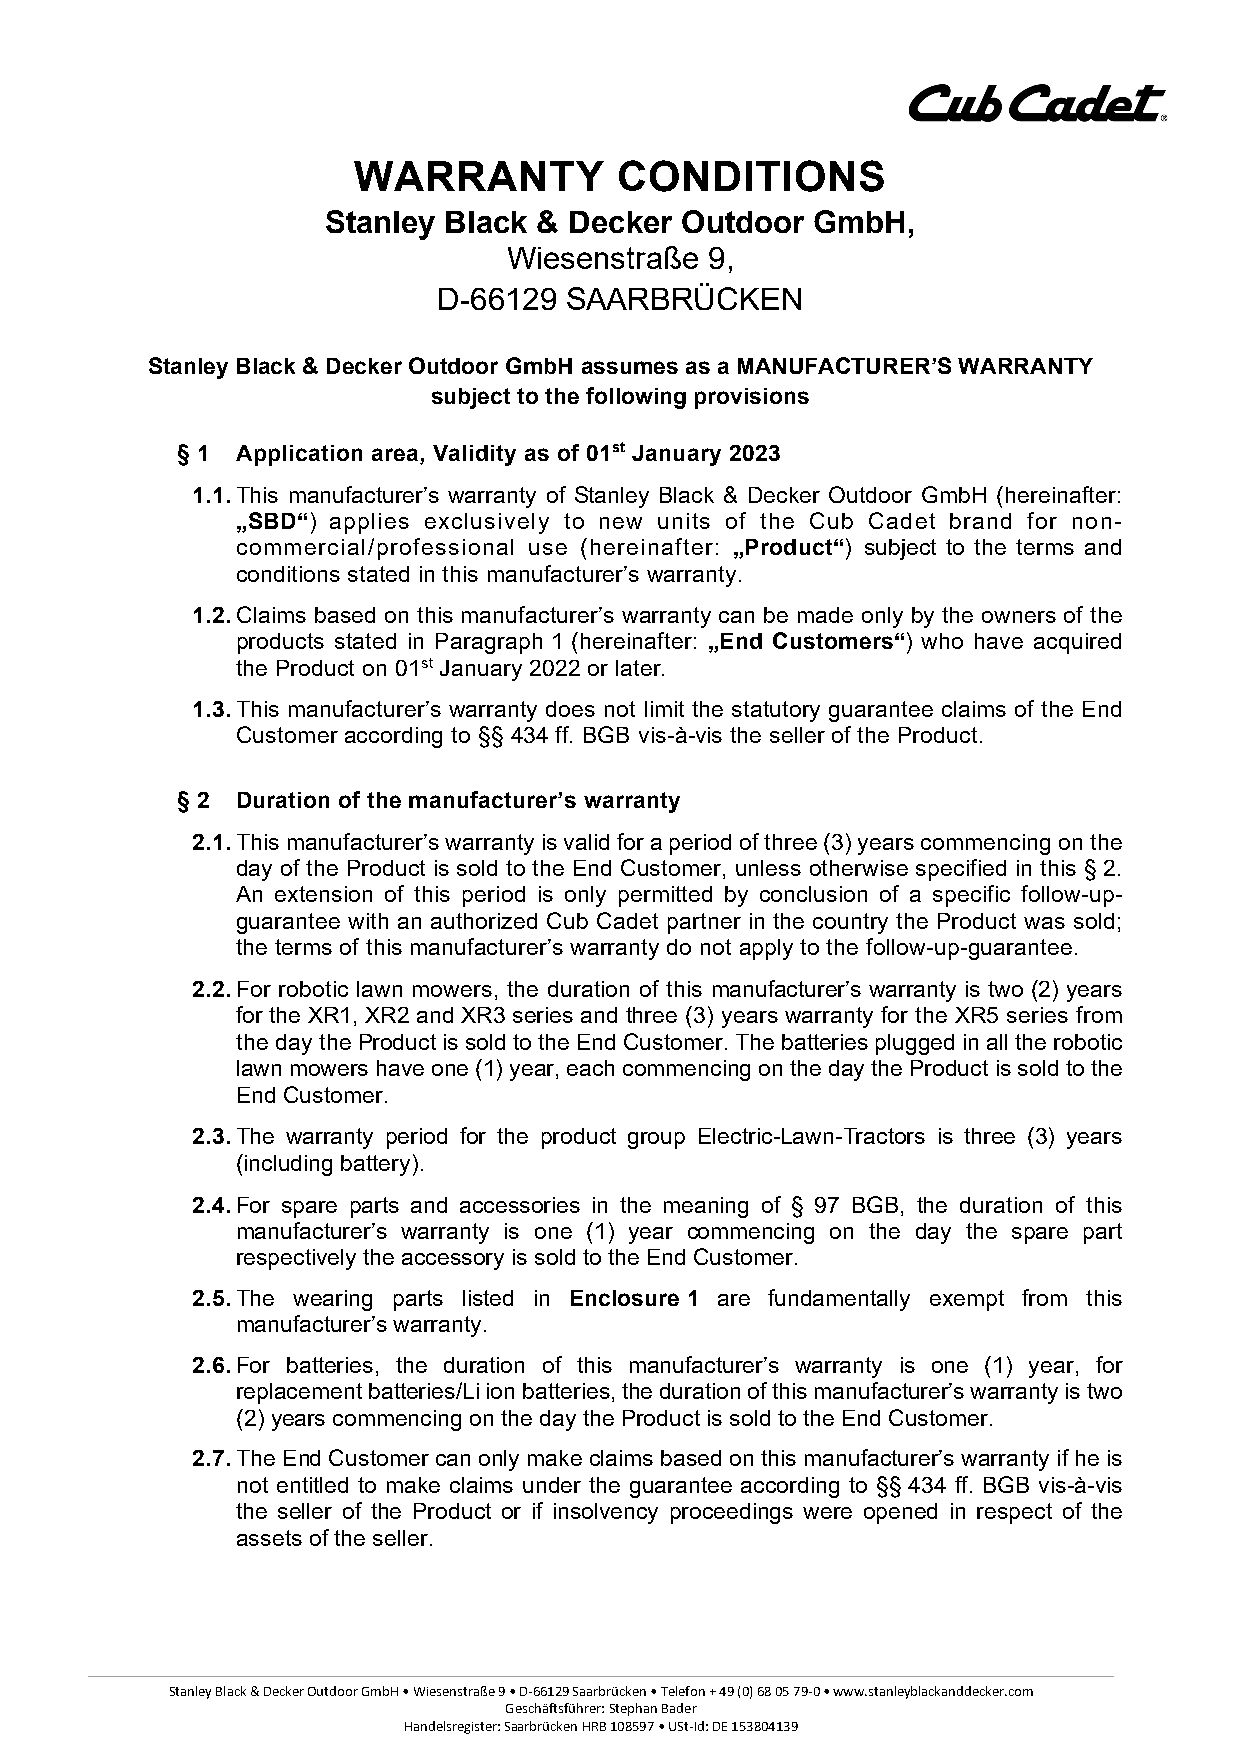
WARRANTY          CONDITIONS
 Stanley Black & Decker Outdoor  GmbH,
 Wiesenstraße 9,
 D-66129 SAARBRÜCKEN
 Stanley Black & Decker Outdoor GmbH assumes as a MANUFACTURER’S WARRANTY
 subject to the following provisions
 § 1 Application area, Validity as of 01st January 2023
 1.1. This manufacturer’s warranty of Stanley Black & Decker Outdoor GmbH (hereinafter:
 „SBD“) applies exclusively to new units of the Cub Cadet brand for non-
 commercial/professional use (hereinafter: „Product“) subject to the terms and
 conditions stated in this manufacturer’s warranty.
 1.2. Claims based on this manufacturer’s warranty can be made only by the owners of the
 products stated in Paragraph 1 (hereinafter: „End Customers“) who have acquired
 the Product on 01st January 2022 or later.
 1.3. This manufacturer’s warranty does not limit the statutory guarantee claims of the End
 Customer according to §§ 434 ff. BGB vis-à-vis the seller of the Product.
 § 2 Duration of the manufacturer’s warranty
 2.1. This manufacturer’s warranty is valid for a period of three (3) years commencing on the
 day of the Product is sold to the End Customer, unless otherwise specified in this § 2.
 An extension of this period is only permitted by conclusion of a specific follow-up-
 guarantee with an authorized Cub Cadet partner in the country the Product was sold;
 the terms of this manufacturer’s warranty do not apply to the follow-up-guarantee.
 2.2. For robotic lawn mowers, the duration of this manufacturer’s warranty is two (2) years
 for the XR1, XR2 and XR3 series and three (3) years warranty for the XR5 series from
 the day the Product is sold to the End Customer. The batteries plugged in all the robotic
 lawn mowers have one (1) year, each commencing on the day the Product is sold to the
 End Customer.
 2.3. The warranty period for the product group Electric-Lawn-Tractors is three (3) years
 (including battery).
 2.4. For spare parts and accessories in the meaning of § 97 BGB, the duration of this
 manufacturer’s warranty is one (1) year commencing on the day the spare part
 respectively the accessory is sold to the End Customer.
 2.5. The wearing parts listed in Enclosure 1 are fundamentally exempt from this
 manufacturer’s warranty.
 2.6. For batteries, the duration of this manufacturer’s warranty is one (1) year, for
 replacement batteries/Li ion batteries, the duration of this manufacturer’s warranty is two
 (2) years commencing on the day the Product is sold to the End Customer.
 2.7. The End Customer can only make claims based on this manufacturer’s warranty if he is
 not entitled to make claims under the guarantee according to §§ 434 ff. BGB vis-à-vis
 the seller of the Product or if insolvency proceedings were opened in respect of the
 assets of the seller.
 Stanley Black & Decker Outdoor GmbH • Wiesenstraße 9 • D-66129 Saarbrücken • Telefon + 49 (0) 68 05 79-0 • www.stanleyblackanddecker.com
 Geschäftsführer: Stephan Bader
 Handelsregister: Saarbrücken HRB 108597 • USt-Id: DE 153804139